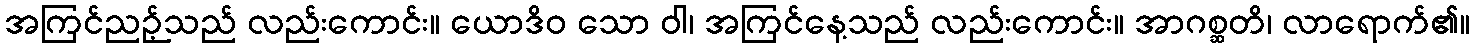
အကြင်ညဉ့်သည် လည်းကောင်း။ ယောဒိဝ သော ဝါ၊ အကြင်နေ့သည် လည်းကောင်း။ အာဂစ္ဆတိ၊ လာရောက်၏။